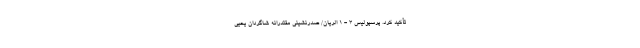
تأکید کرد. پرسپولیس 3 - 1 الریان/ صدرنشینی مقتدرانه شاگردان یحیی